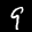
Label: 9